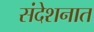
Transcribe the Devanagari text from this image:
संदेशनात